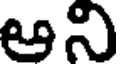
ఆని